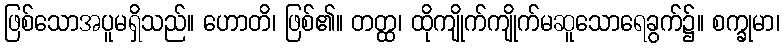
ဖြစ်သောအပူမရှိသည်။ ဟောတိ၊ ဖြစ်၏။ တတ္ထ၊ ထိုကျိုက်ကျိုက်မဆူသောရေခွက်၌။ စက္ခုမာ၊